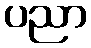
ပညာ